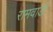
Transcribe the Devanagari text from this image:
रामवाडी